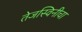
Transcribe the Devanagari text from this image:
तेजस्विनीचा